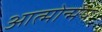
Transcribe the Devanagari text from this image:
आत्मोन्मेष